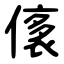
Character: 㒅